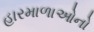
હારમાળાઓનો